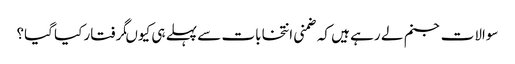
سوالات جنم لے رہے ہیں کہ ضمنی انتخابات سے پہلے ہی کیوںگرفتار کیا گیا؟